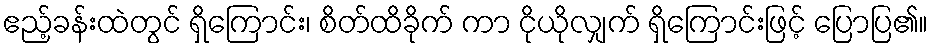
ဧည့်ခန်းထဲတွင် ရှိကြောင်း၊ စိတ်ထိခိုက် ကာ ငိုယိုလျှက် ရှိကြောင်းဖြင့် ပြောပြ၏။